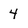
Character: 4